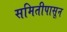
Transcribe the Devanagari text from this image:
समितीपासून